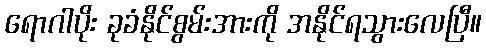
ရောဂါပိုး ခုခံနိုင်စွမ်းအားကို အနိုင်ရသွားလေပြီ။